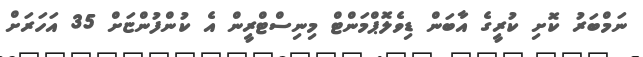
ނަމްބަރު ކޮށި ކުރީގެ އާބަން ޑިވެލޮޕްމަންޓް މިނިސްޓްރީން އެ ކުންފުންޏަށް 35 އަހަރަށް